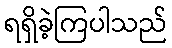
ရရှိခဲ့ကြပါသည်